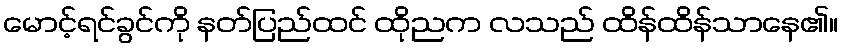
မောင့်ရင်ခွင်ကို နတ်ပြည်ထင် ထိုညက လသည် ထိန်ထိန်သာနေ၏။